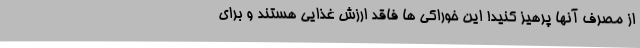
از مصرف آنها پرهیز کنید! این خوراکی ها فاقد ارزش غذایی هستند و برای